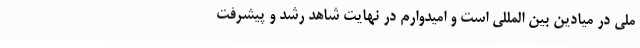
ملی در میادین بین المللی است و امیدوارم در نهایت شاهد رشد و پیشرفت